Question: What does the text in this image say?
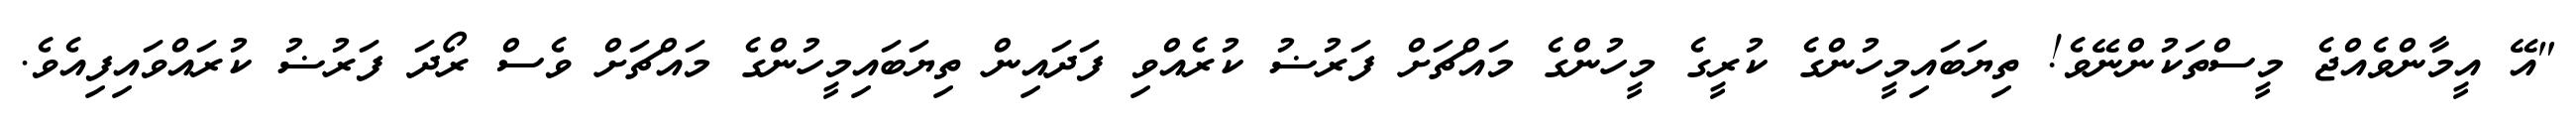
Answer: "އޭ އީމާންވެއްޖެ މީސްތަކުންނޭވެ! ތިޔަބައިމީހުންގެ ކުރީގެ މީހުންގެ މައްޗަށް ފަރުޟު ކުރެއްވި ފަދައިން ތިޔަބައިމީހުންގެ މައްޗަށް ވެސް ރޯދަ ފަރުޟު ކުރައްވައިފިއެވެ.